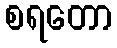
စရတော